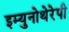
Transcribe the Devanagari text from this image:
इम्युनोथेरेपी